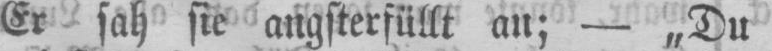
Er sah sie angsterfüllt an; - „Du